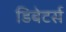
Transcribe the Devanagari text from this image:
डिबेटर्स